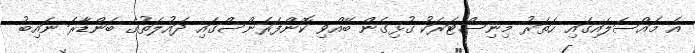
އެ މައްސަލައިގައި ހަތަރު މިނިސްޓަރަކު ގުޅިގެން ބޭއްވި ކޮންފަރެންސްގައި ދައުލަތުގެ ބަންޑާރަ ނައިބު